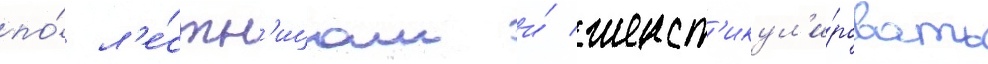
по́ л'е́стн'ицам и́ жест'икул'и́ровать